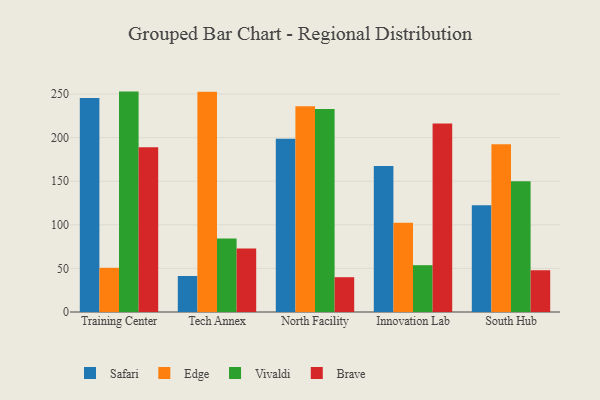
{"axis": {"x": "Campus", "y": "Energy Usage (MWh)"}, "legend": ["Brave", "Edge", "Safari", "Vivaldi"], "data": [{"x": "Training Center", "y": 245.6, "type": "Safari"}, {"x": "Training Center", "y": 50.7, "type": "Edge"}, {"x": "Training Center", "y": 252.8, "type": "Vivaldi"}, {"x": "Training Center", "y": 188.9, "type": "Brave"}, {"x": "Tech Annex", "y": 41.3, "type": "Safari"}, {"x": "Tech Annex", "y": 252.7, "type": "Edge"}, {"x": "Tech Annex", "y": 84.3, "type": "Vivaldi"}, {"x": "Tech Annex", "y": 72.9, "type": "Brave"}, {"x": "North Facility", "y": 198.8, "type": "Safari"}, {"x": "North Facility", "y": 236.0, "type": "Edge"}, {"x": "North Facility", "y": 232.9, "type": "Vivaldi"}, {"x": "North Facility", "y": 39.9, "type": "Brave"}, {"x": "Innovation Lab", "y": 167.4, "type": "Safari"}, {"x": "Innovation Lab", "y": 102.4, "type": "Edge"}, {"x": "Innovation Lab", "y": 53.7, "type": "Vivaldi"}, {"x": "Innovation Lab", "y": 216.3, "type": "Brave"}, {"x": "South Hub", "y": 122.3, "type": "Safari"}, {"x": "South Hub", "y": 192.3, "type": "Edge"}, {"x": "South Hub", "y": 150.0, "type": "Vivaldi"}, {"x": "South Hub", "y": 47.9, "type": "Brave"}]}